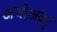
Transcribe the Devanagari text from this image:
अधोअवटु